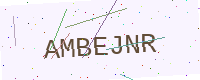
Text: AMBEJNR